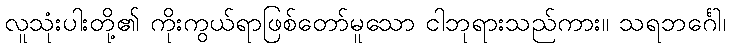
လူသုံးပါးတို့၏ ကိုးကွယ်ရာဖြစ်တော်မူသော ငါဘုရားသည်ကား။ သရဘင်္ဂေါ၊